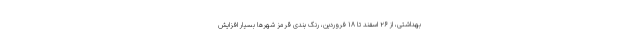
بهداشتی، از ۲۶ اسفند تا ۱۸ فروردین، رنگ بندی قرمز شهر‌ها بسیار افزایش